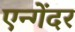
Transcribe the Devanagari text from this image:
एन्गेंदर